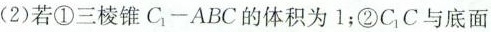
(2)若①三棱锥C_{1}-ABC的体积为1；②C_{1}C与底面